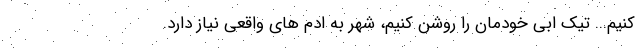
کنیم... تیکِ ابی خودمان را روشن کنیم، شهر به ادم های واقعی نیاز دارد.